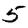
Digit: 5